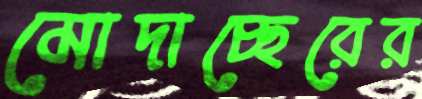
মোদাচ্ছেরের